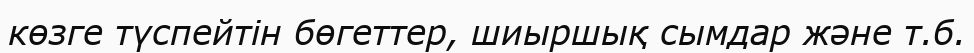
көзге түспейтін бөгеттер, шиыршық сымдар және т.б.